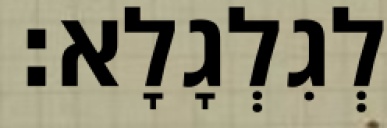
לְגִלְגָלָא׃